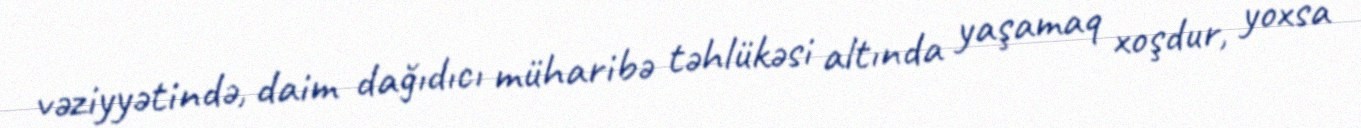
vəziyyətində, daim dağıdıcı müharibə təhlükəsi altında yaşamaq xoşdur, yoxsa